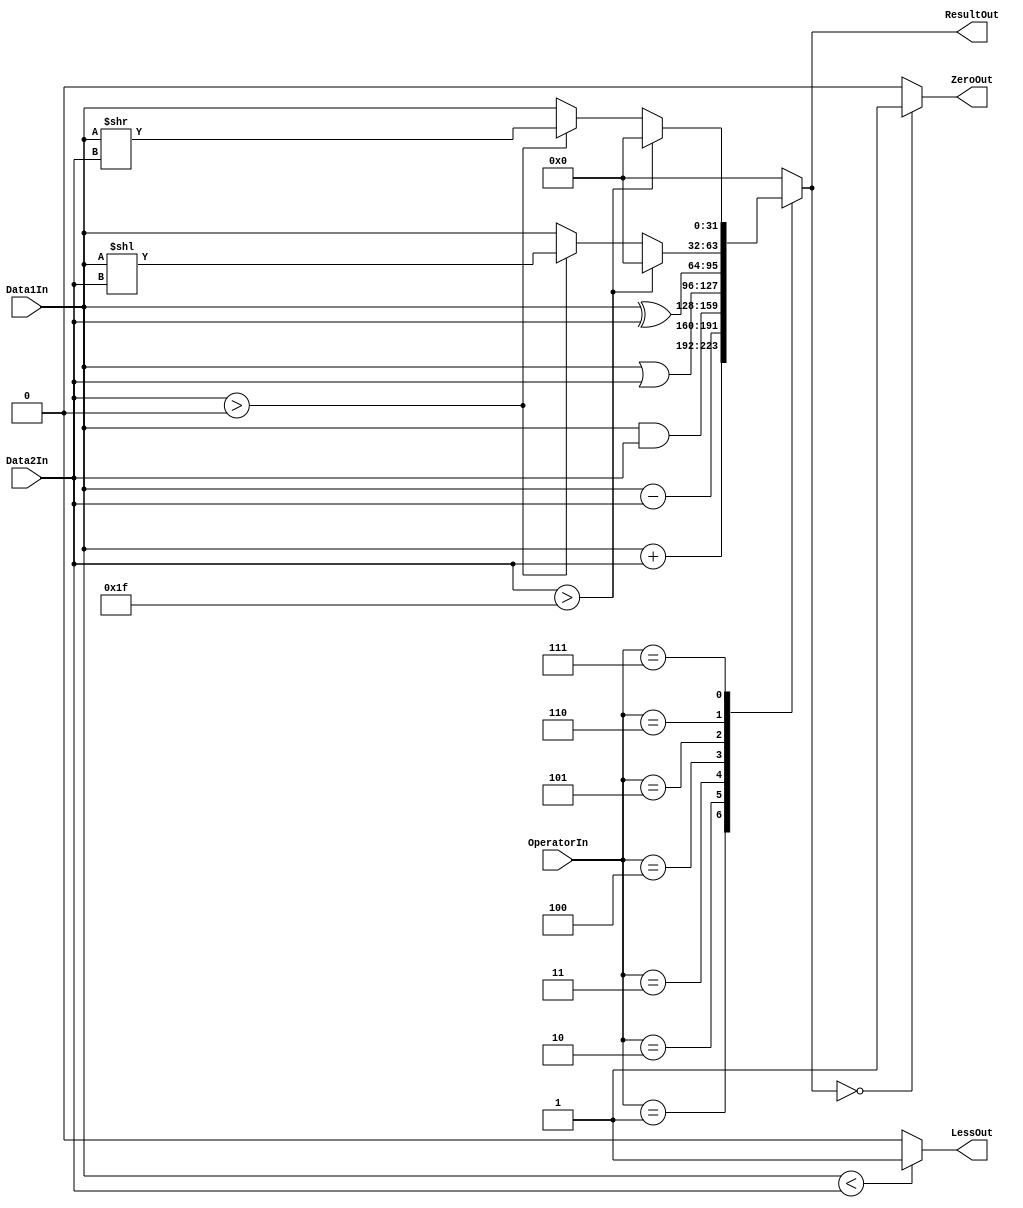
module ALU(Data1In,Data2In,OperatorIn,LessOut,ZeroOut,ResultOut);
  input[31:0] Data1In;        //from Reg
  input[31:0] Data2In;        //from ALUMUX
  input[2:0] OperatorIn;      //from Controller
  output LessOut;             //to AddrMUX
  output ZeroOut;             //to AddrMUX
  output reg[31:0] ResultOut; //to DataMUX,DMem,AddrMUX

  always @(*) begin
    case (OperatorIn)
      3'b001: ResultOut<=Data1In+Data2In; //add,addi
      3'b010: ResultOut<=Data1In-Data2In; //sub
      3'b011: ResultOut<=Data1In&Data2In; //and, andi
      3'b100: ResultOut<=Data1In|Data2In; //or, or
      3'b101: ResultOut<=Data1In^Data2In; //xorxori
      3'b110: if (Data2In>31) ResultOut<=32'h00000000;
              else if (Data2In>0) ResultOut<=Data1In<<Data2In; //sll,slli
              else ResultOut<=Data1In;
      3'b111: if (Data2In>31) ResultOut<=32'h00000000;
              else if (Data2In>0) ResultOut<=Data1In>>Data2In; //srl,srli
              else ResultOut<=Data1In;
     default: ResultOut<=32'h00000000; //other cases
    endcase
  end  
  assign LessOut=(Data1In<Data2In)?1:0;
  assign ZeroOut=(ResultOut==0)?1:0;
endmodule